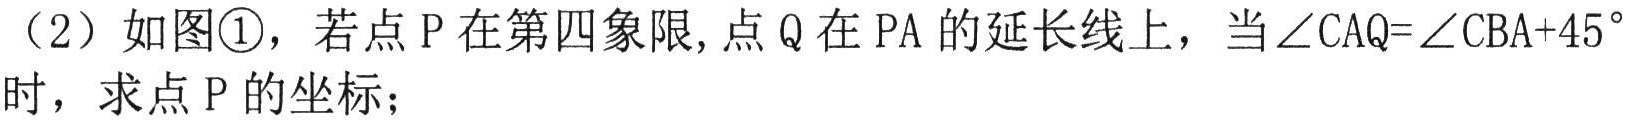
（2）如图\textcircled{1}，若点\(P\)在第四象限, 点\(Q\)在\(PA\)的延长线上，当\(\angle CAQ = \angle CBA + 45^{\circ}\)时，求点\(P\)的坐标；